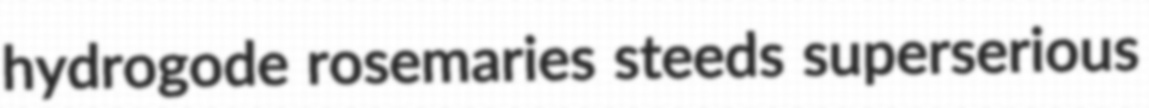
hydrogode rosemaries steeds superserious